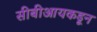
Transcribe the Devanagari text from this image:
सीबीआयकडून